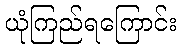
ယုံကြည်ရကြောင်း